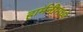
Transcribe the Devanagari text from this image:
हार्मनीमध्ये